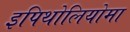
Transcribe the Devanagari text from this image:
इपिथोलियोमा